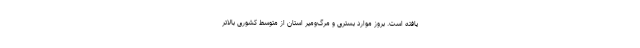
یافته است. بروز موارد بستری و مرگ‌ومیر استان از متوسط کشوری بالاتر